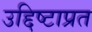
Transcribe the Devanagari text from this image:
उद्दिष्टाप्रत